Leningradi_Edasi_toimetus, lk 190
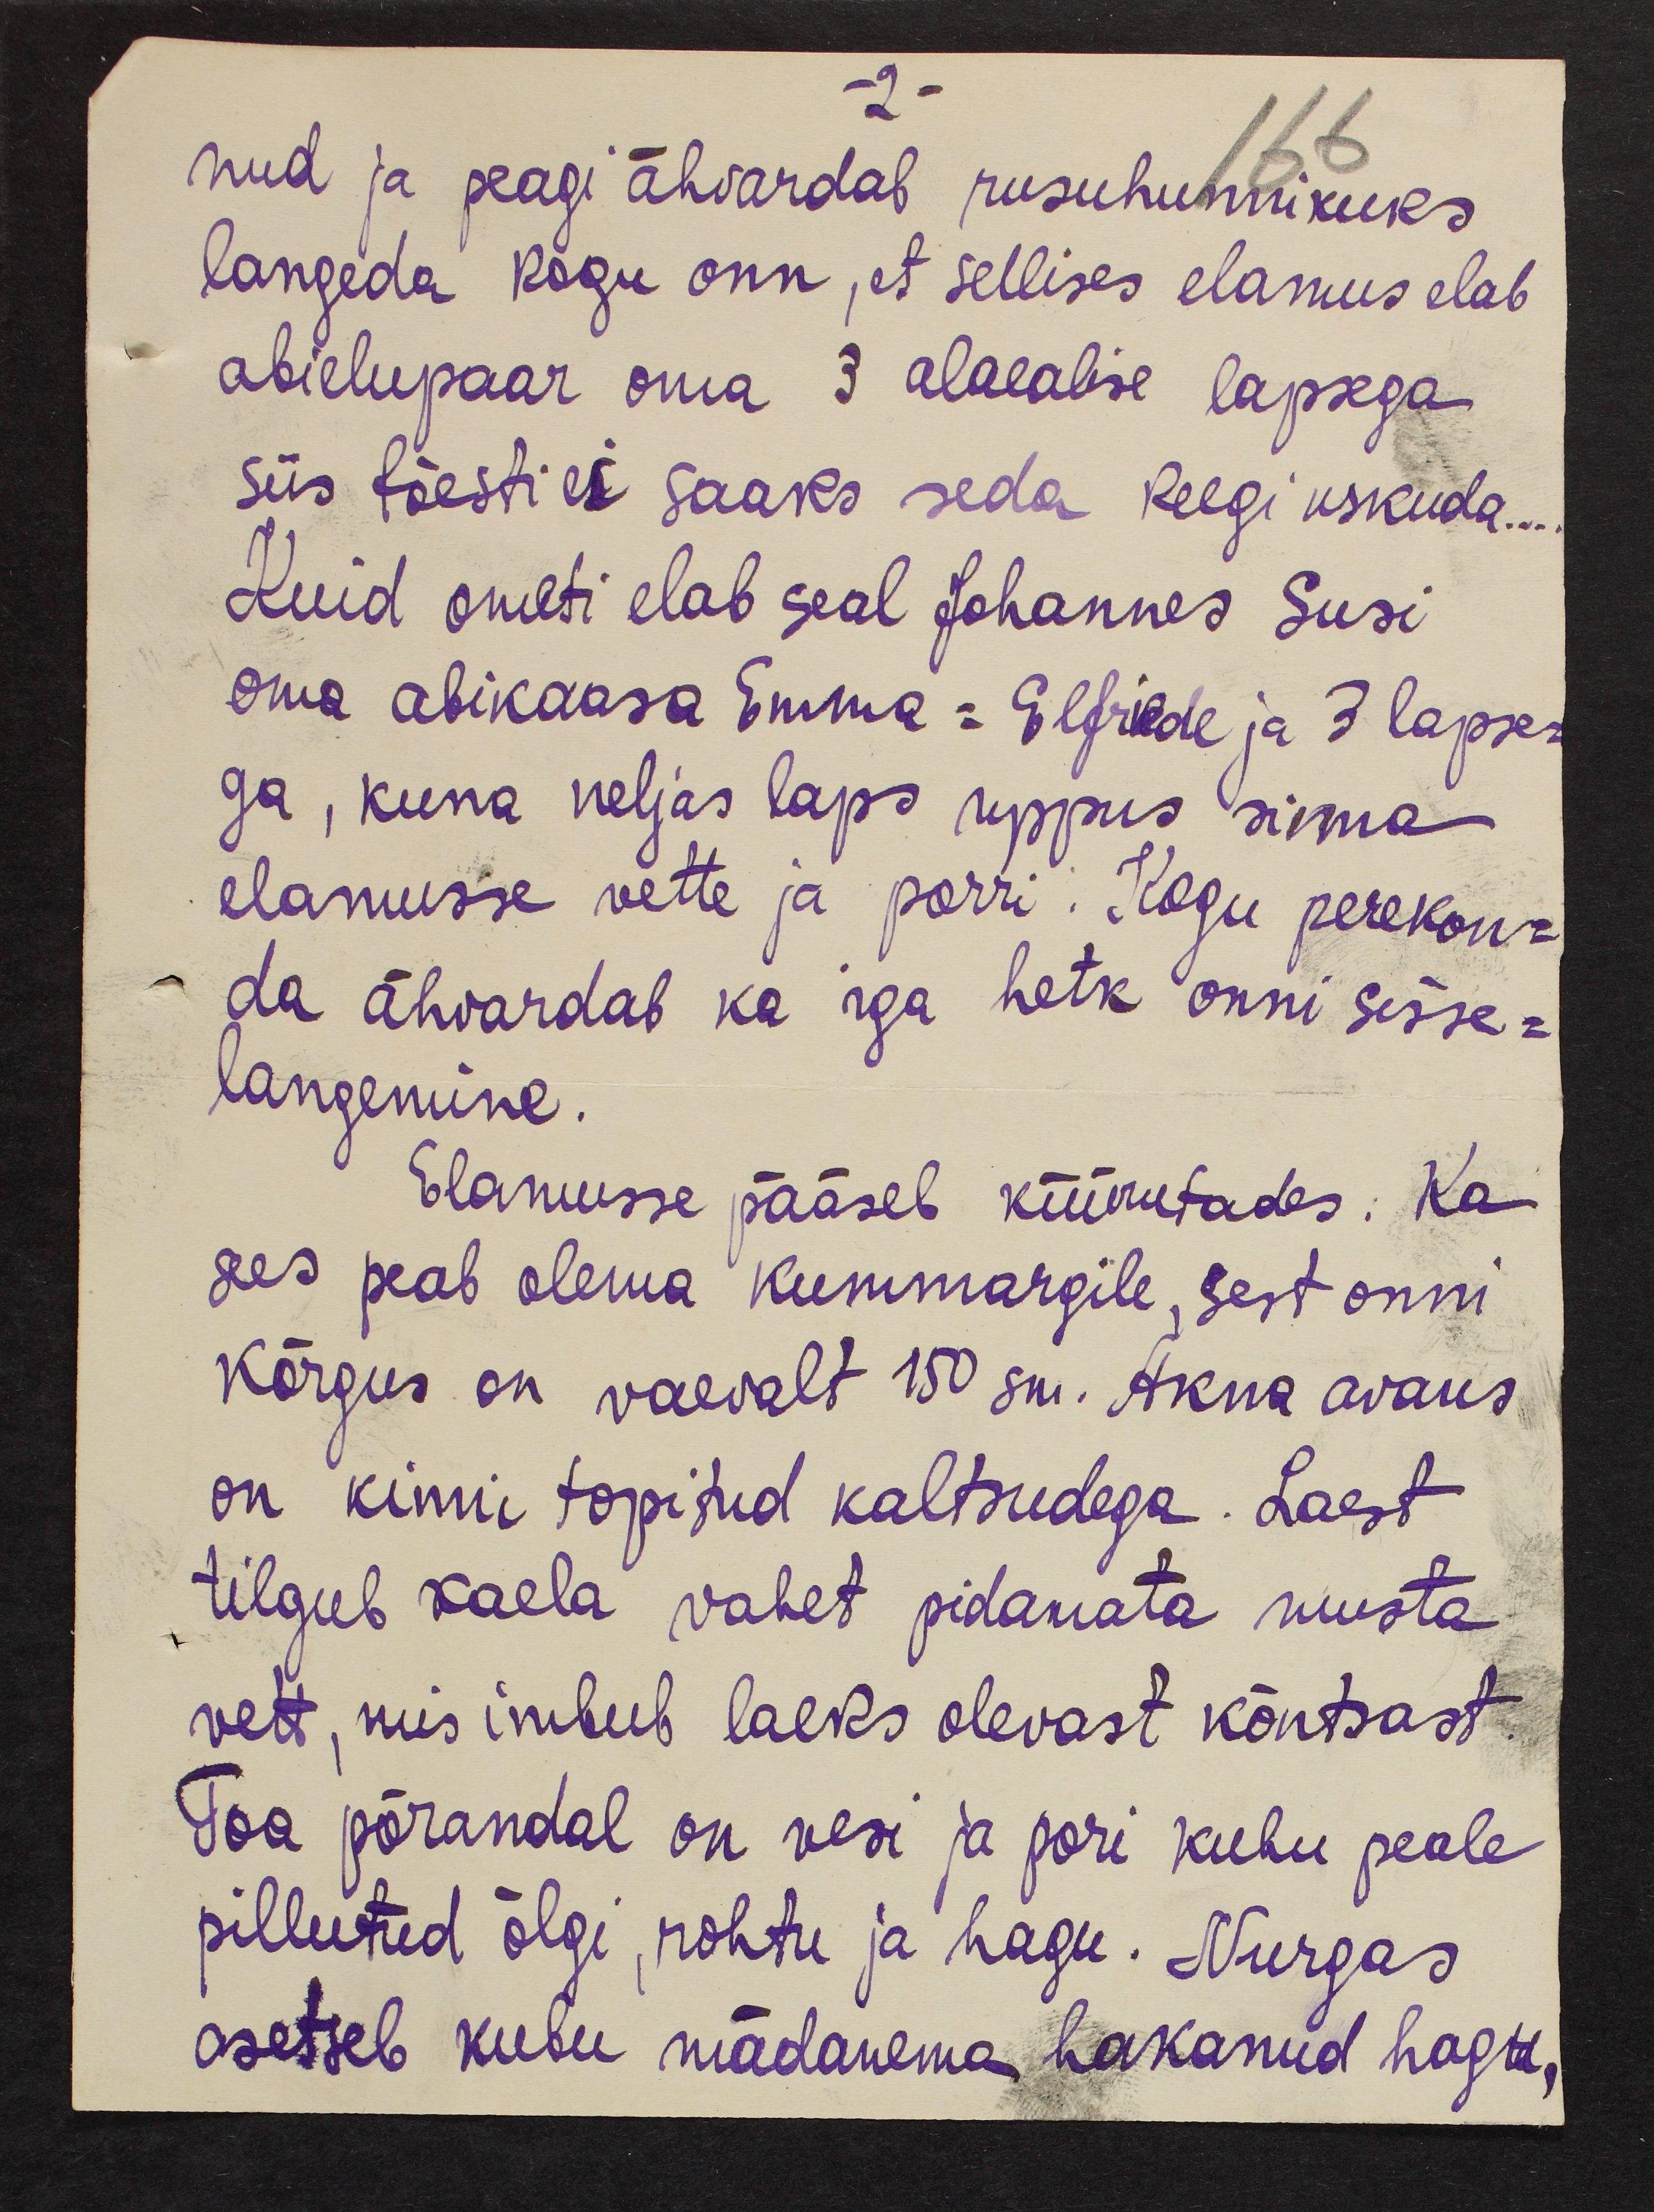
-2-
nud ja peagi ähvardab rusuhunnikuks
langeda kogu onn, et sellises elamus elab
abielupaar oma 3 alaealise lapsega
siis tõesti ei saaks seda keegi uskuda...
Kuid ometi elab seal Johannes Susi
oma abikaasa Emma-Elfriede ja 3 lapse-
ga, kuna neljas laps uppus sinna
elamusse vette ja porri. Kogu perekon-
da ähvardab ka iga hetk onni sisse-
langemine.
Elamusse pääseb küürutades. Ka
sees peab olema kummargile, sest onni
kõrgus on vaevalt 150 sm. Akna avaus
on kinni topitud kaltsudega. Laest
tilgub kaela vahet pidamata musta
vett, mis imbub laeks olevast kõntsast.
Toa põrandal on vesi ja pori kuhu peale
pillutud õlgi, rohtu ja hagu. Nurgas
asetseb kubu mädanema hakanud hagu,